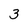
Character: 3